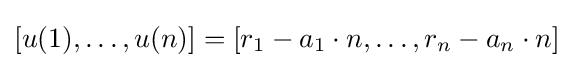
[u(1),\ldots ,u(n)]=[r_{1}-a_{1}\cdot n,\ldots ,r_{n}-a_{n}\cdot n]